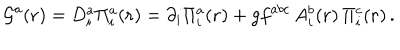
{ \cal G } ^ { a } ( { \bf r } ) = D _ { i } ^ { a } \Pi _ { i } ^ { a } ( { \bf r } ) = \partial _ { i } \Pi _ { i } ^ { a } ( { \bf r } ) + g f ^ { a b c } \, A _ { i } ^ { b } ( { \bf r } ) \, \Pi _ { i } ^ { c } ( { \bf r } ) \, .